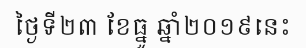
ថ្ងៃទី២៣ ខែធ្នូ ឆ្នាំ២០១៩នេះ